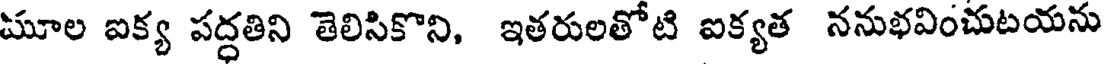
మూల ఐక్య పద్ధతిని తెలిసికొని, ఇతరులతోటి ఐక్యత ననుభవించుటయను